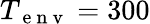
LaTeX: T_{\mathrm{~e~n~v~}}=300